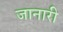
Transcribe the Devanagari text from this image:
जानारी